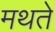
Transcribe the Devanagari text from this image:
मथते